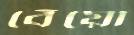
বেঁয়ো